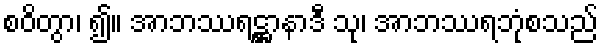
စဝိတွာ၊ ၍။ အာဘဿရဋ္ဌာနာဒီ သု၊ အာဘဿရဘုံစသည်